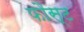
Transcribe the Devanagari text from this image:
फौस्ट